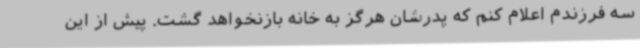
سه فرزندم اعلام کنم که پدرشان هرگز به خانه بازنخواهد گشت. پیش از این